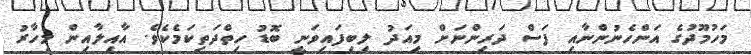
މަހުމޫދުގެ އަންހެނުންނާއި ފަސް ދަރިންނަށް މިއަދު ލިބިފައިވަނީ ބޮޑު ހިތްދަތިކަމެކެވެ. އާއިލާއިން މިހާރު